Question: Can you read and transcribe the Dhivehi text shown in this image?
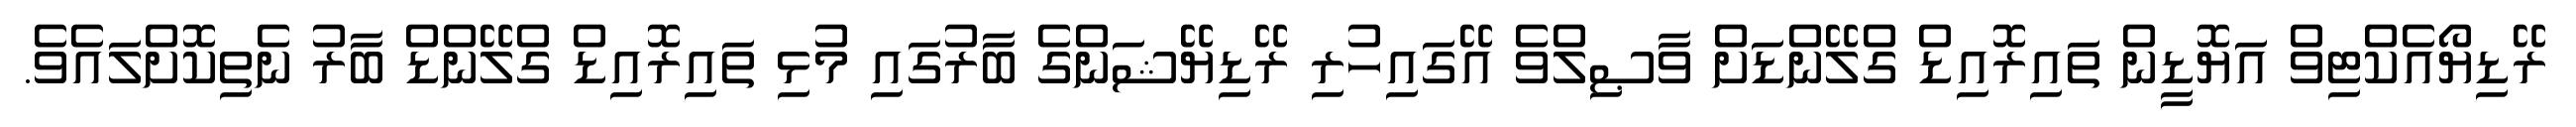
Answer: ރޭޑިޔޯއެކްޓިވް އަޔޮޑީން ތައިރޮއިޑް ގްލޭންޑަށް ވާޞިލްވެ އޭގައިހުރި ރޭޑިޔޭޝަންގެ ބާރުގައި މުޅި ތައިރޮއިޑް ގްލޭންޑް ބާރު ނެތިކޮށްލައެވެ.